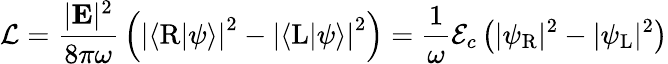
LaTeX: {\mathcal{L}}={\frac{\vert\mathbf{E}\vert^{2}}{8\pi\omega}}\left(\left\vert\langle\mathrm{R}|\psi\rangle\right\vert^{2}-\left\vert\langle\mathrm{L}|\psi\rangle\right\vert^{2}\right)={\frac{1}{\omega}}{\mathcal{E}}_{c}\left(\vert\psi_{\mathrm{{R}}}\vert^{2}-\vert\psi_{\mathrm{{L}}}\vert^{2}\right)